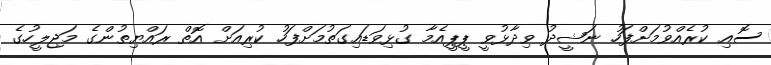
ސޮއި ކުރެއްވުމަށްފަހު ނަޝީދު ވިދާޅުވީ ޕީޕީއެމާ ގުޅިވަޑައިގަތުމަށްފަހު ކުރިއަށް އޮތް ރައްޔިތުންގެ މަޖިލީހުގެ